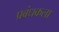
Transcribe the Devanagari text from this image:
प्रबंधकला